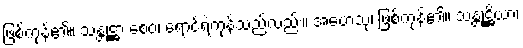
ဖြစ်ကုန်၏။ သန္တုဋ္ဌာ စေဝ၊ ရောင့်ရဲကုန်သည်လည်း။ အဟေသုံ၊ ဖြစ်ကုန်၏။ သန္တုဋ္ဌိယာ၊